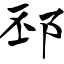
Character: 邳